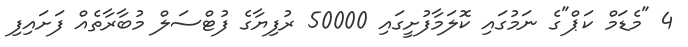
4 "މެޑަމް ކަޕް"ގެ ނަމުގައި ކޮލަމާފުށީގައި 50000 ރުފިޔާގެ ފުޓްސަލް މުބާރާތެއް ފަށައިފި